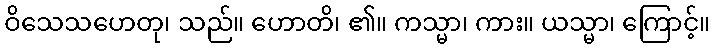
ဝိသေသဟေတု၊ သည်။ ဟောတိ၊ ၏။ ကသ္မာ၊ ကား။ ယသ္မာ၊ ကြောင့်။